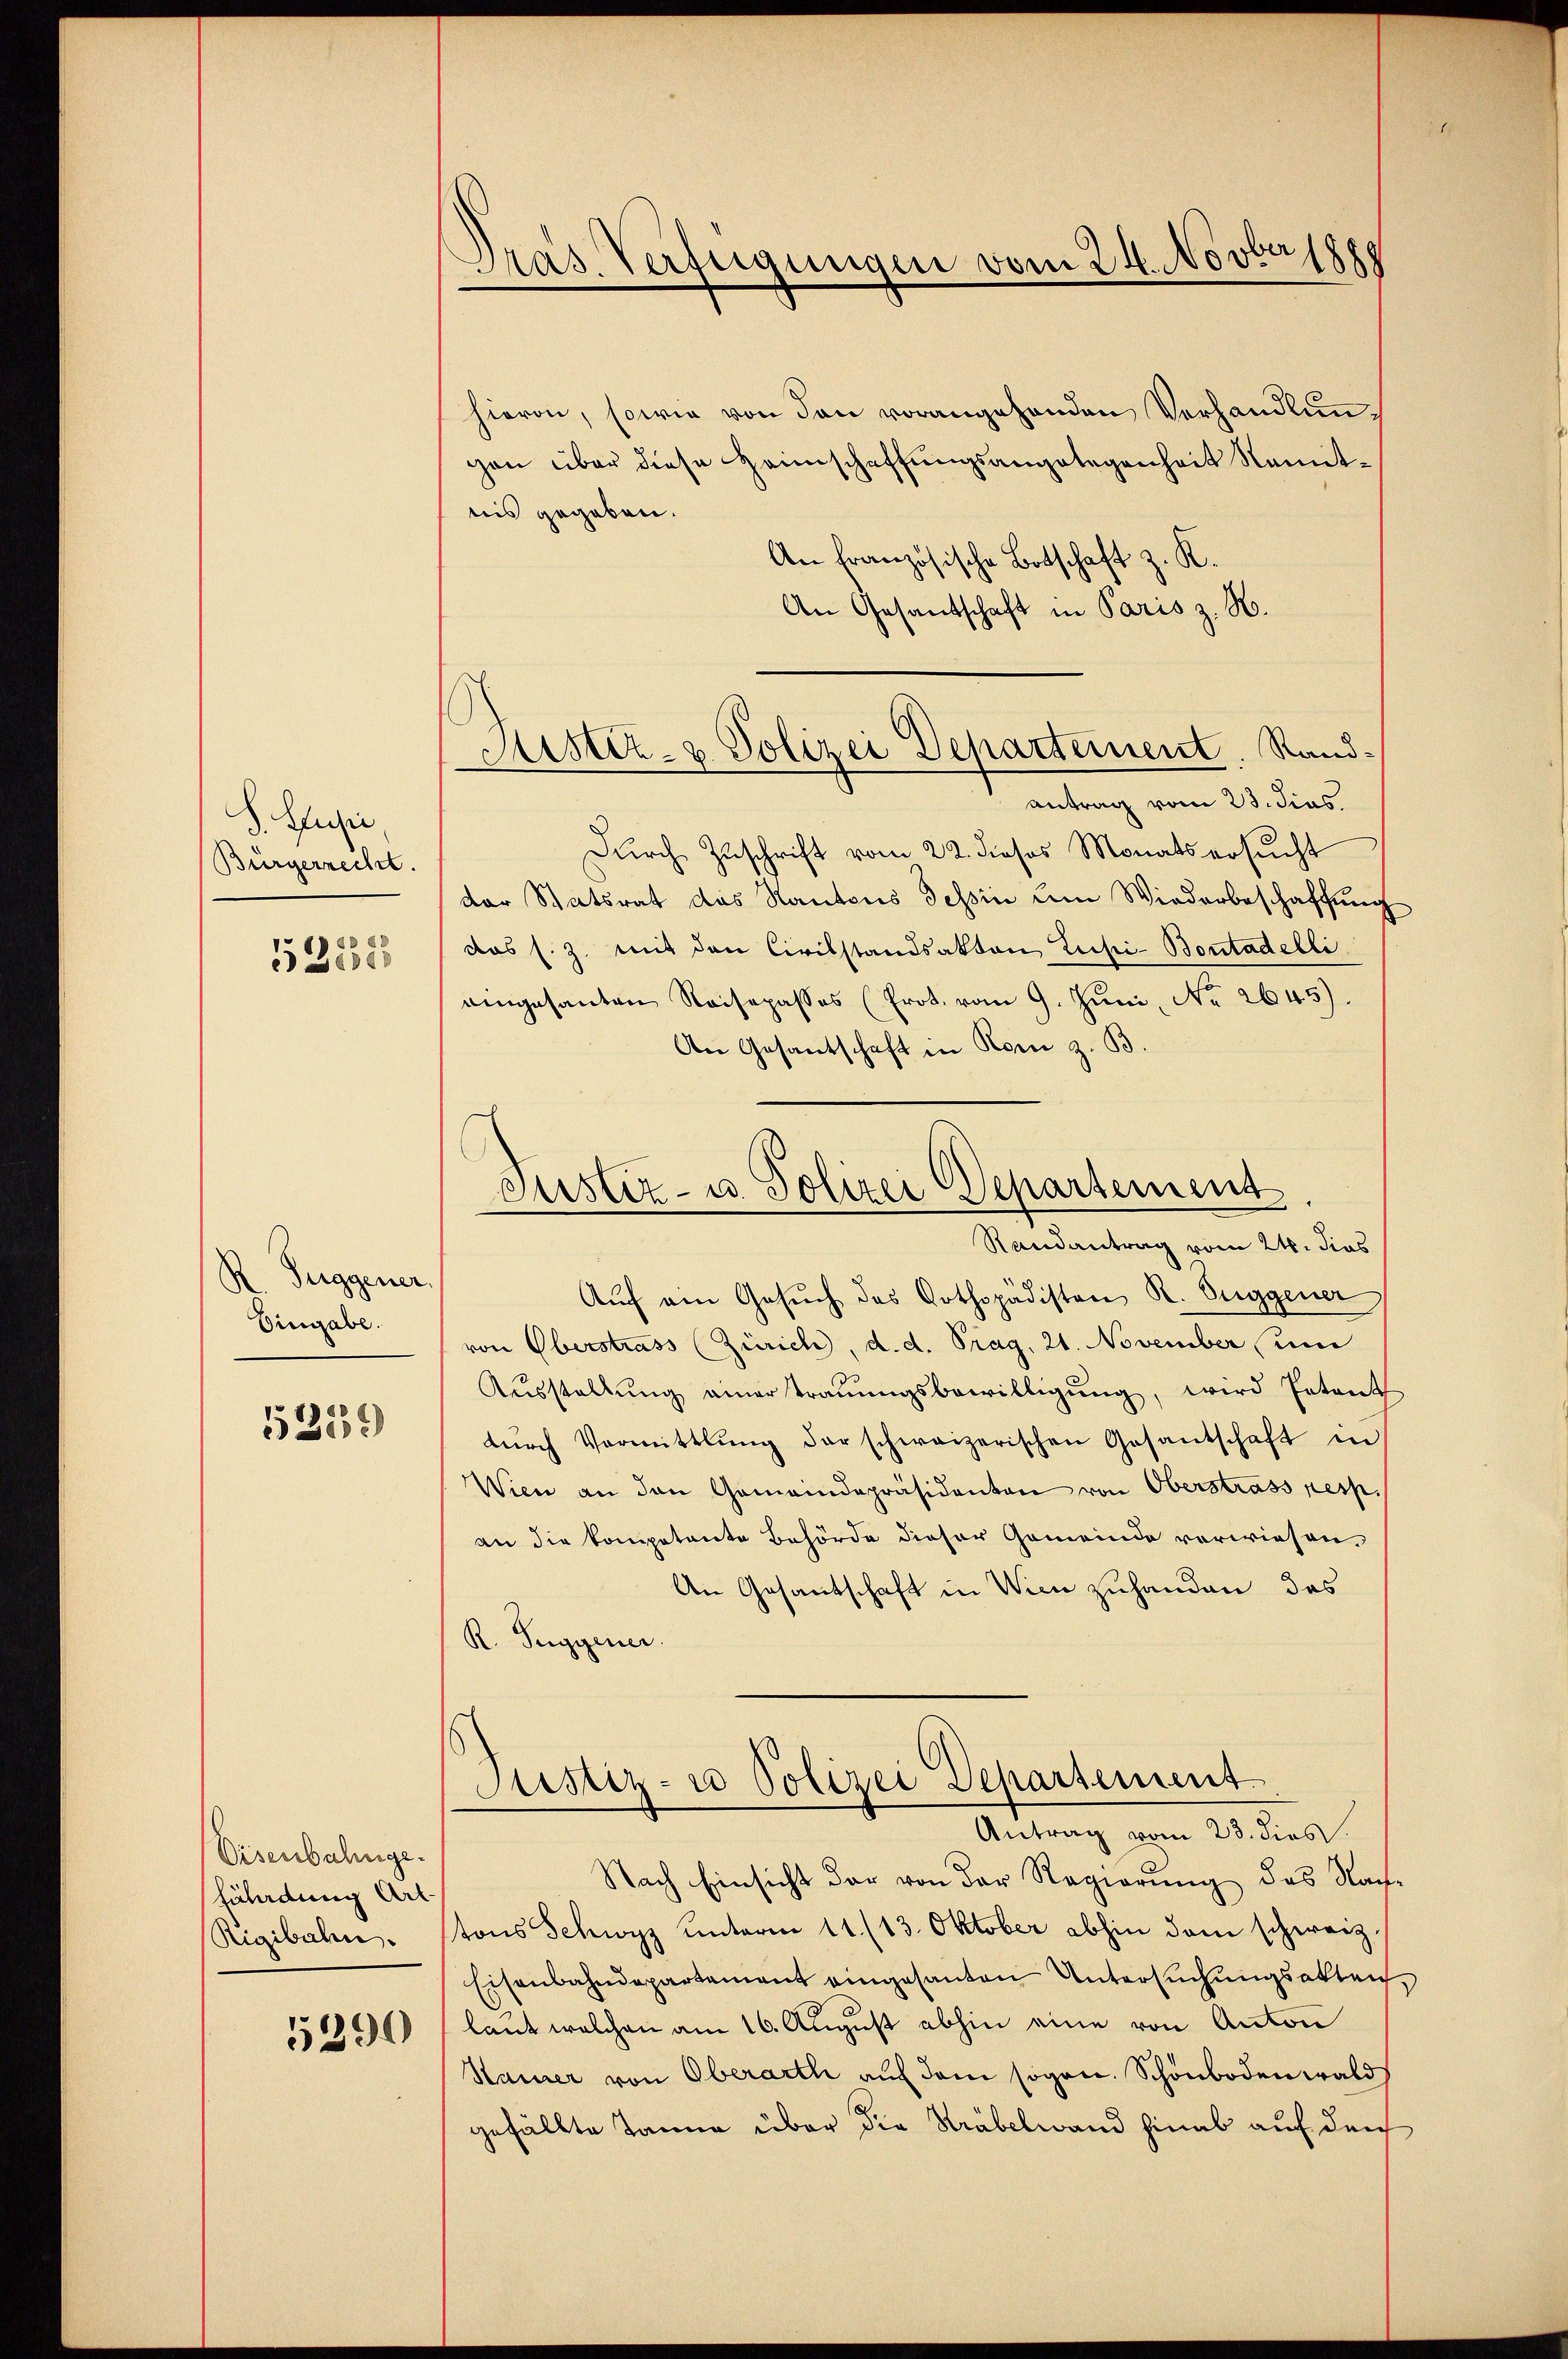
d. Ausei
Bürgerrecht.
ad a.
32000

R. Fuggener,
Eingabe.

5259

Disenbahnge.
fährdung Art.
Rigibalen.

5290

Pras Verfügungen vom 24. Novbetzge

Kister- u. Polizei Departement. Sand¬

hieron, sowie von den vorangehenden Verhandlungen über diese Heimschaffungsangelegenheit Namtnis gegeben.
An Französische Botschaft z. K.
An Gesantschaft in Paris z. H.
antrag vom 23. dies
Dŭrch Zuschrift vom 22. dieses Monats ersŭcht
der Statsrat das Kantons Tessin um Wiederbeschaffung
das s. Z. mit den Civilstandsakten Zuhi-Bontadelli
eingesanten Reisepasses (Prot. vom 9. Juni, No 2645).
An Gesantschaft in Rom z. B
Justiz- u. Polizei Departement
Randantrag vom 24. dies
Auf den Gesuch des Gothopädisten R. Suggener
von Oberstrass (Zürich, d. d. Prag, 21. November (um
Aŭsstellŭng einerstraŭŭngsbewilligŭng, wird Entant
dŭrch Vormittlung der schweizerischen Gesantschaft in
Wien an den Gemeindepräsidenten von Oberstrass resp.
an die kompetente Behörde dieser Gemeinde verwiesen,
An Gesantschaft in Wien zuhanden, das
R. Suggener.

Justiz- u Polizei Departement
Antrag vom 23. dies

Nach Einsicht der von der Regierŭng des Nach-
tons Schwyz unterm 11./13. Oktober abhin dem schweiz.
Eisenbahndepartement eingesanten Untersŭchŭngsakten,
laut welchen am 16. August abhin eine von Anton
Stainer von Oberarth auf dem sogen. Schönboden wald
gefällte Tanne über die Sträbelwand hinab auf den